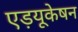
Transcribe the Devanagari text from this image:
एड़यूकेषन